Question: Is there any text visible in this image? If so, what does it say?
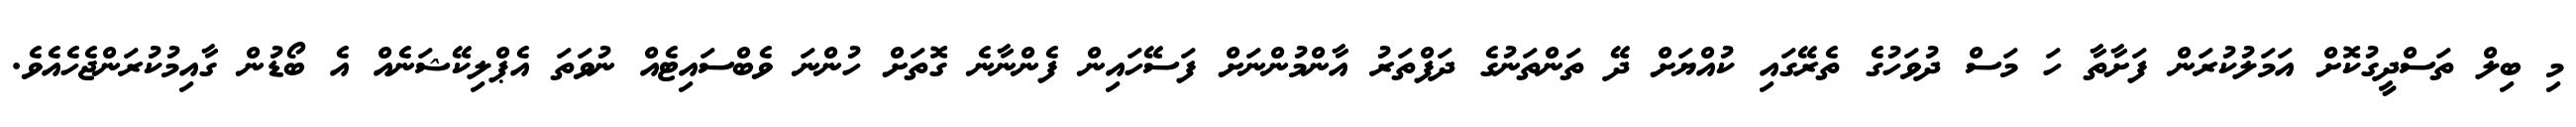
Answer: މި ބިލް ތަސްދީގުކޮށް އަމަލުކުރަން ފަށާތާ ހަ މަސް ދުވަހުގެ ތެރޭގައި ކުއްޔަށް ދޭ ތަންތަނުގެ ދަފްތަރު އާންމުންނަށް ފަސޭހައިން ފެންނާނެ ގޮތަށް ހުންނަ ވެބްސައިޓެއް ނުވަތަ އެޕްލިކޭޝަނެއް އެ ބޯޑުން ގާއިމުކުރަންޖެހެއެވެ.